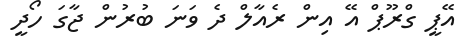
އޭޕީ ގްރޫޕް އޭ އިން ރެއާލް ދެ ވަނަ ބުރުން ޖާގަ ހޯދީ